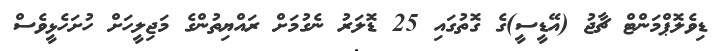
ޑިވެލޮޕްމަންޓް ޗާޖު (އޭޑީސީ)ގެ ގޮތުގައި 25 ޑޮލަރު ނެގުމަށް ރައްޔިތުންގެ މަޖިލީހަށް ހުށަހެޅީވެސް